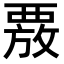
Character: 𮗄